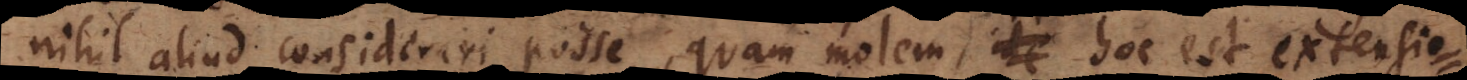
ihil aliud considerari posse, quam molem, ite hoc est extensio